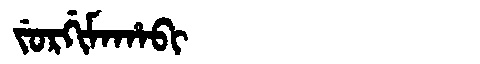
Manchu: ᠵᡠᡵᡤᡳᠮᠠᡥᠠᠪᡳ
Romanization: JURGIMAHABI